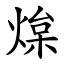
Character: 㷘